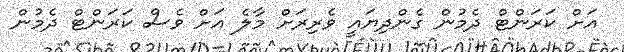
އަށް ކަރަންޓް ދެމުން ގެންދިޔައީ ވެރިރަށް މާލެ އަށް ވެސް ކަރަންޓް ދެމުން